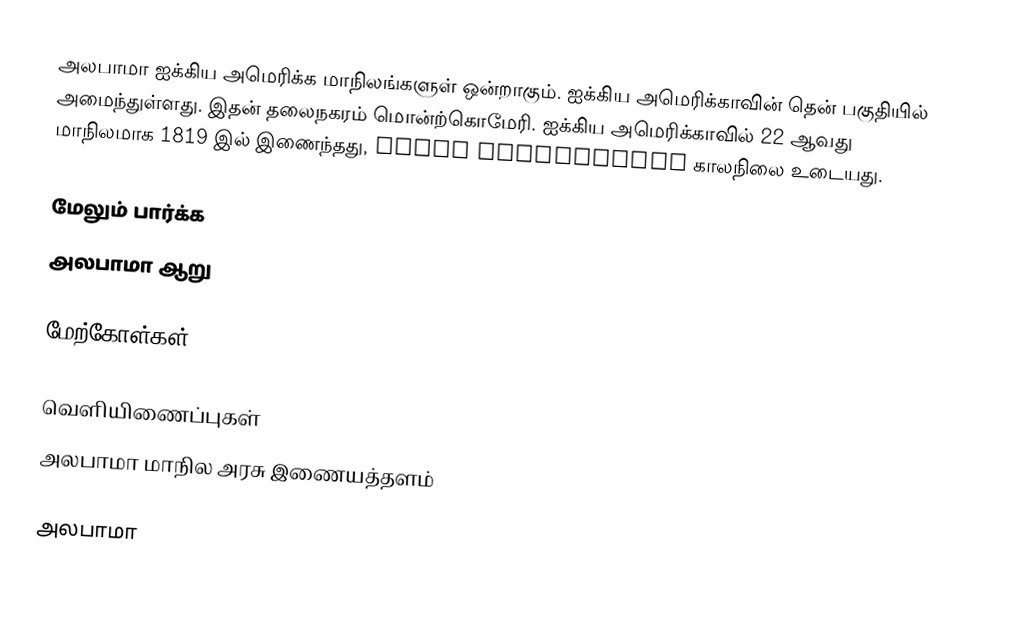
அலபாமா ஐக்கிய அமெரிக்க மாநிலங்களுள் ஒன்றாகும். ஐக்கிய அமெரிக்காவின் தென் பகுதியில் அமைந்துள்ளது. இதன் தலைநகரம் மொன்ற்கொமேரி. ஐக்கிய அமெரிக்காவில் 22 ஆவது மாநிலமாக 1819 இல் இணைந்தது, humid subtropical காலநிலை உடையது.

மேலும் பார்க்க
 அலபாமா ஆறு

மேற்கோள்கள்

வெளியிணைப்புகள்
 அலபாமா மாநில அரசு இணையத்தளம்

அலபாமா